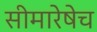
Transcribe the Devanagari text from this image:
सीमारेषेच